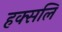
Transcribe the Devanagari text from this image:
हक्सलि